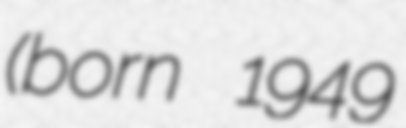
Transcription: (born 1949